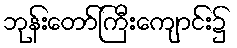
ဘုန်းတော်ကြီးကျောင်း၌